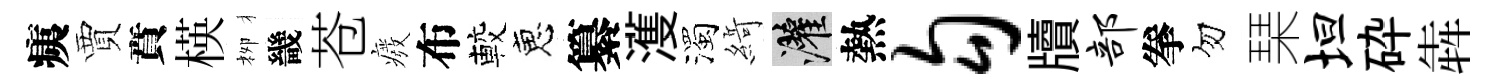
痍賈賁楧栁畿苍癈布較恵纂濩濁𦂶灌熱勾牘部拳勿琹坦砕犇